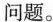
问题。